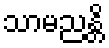
သာမညန္တိ